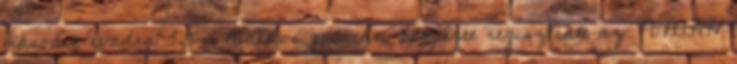
második évadra 3,9 milliárdos gyártási költséget regisztrált az NMHH